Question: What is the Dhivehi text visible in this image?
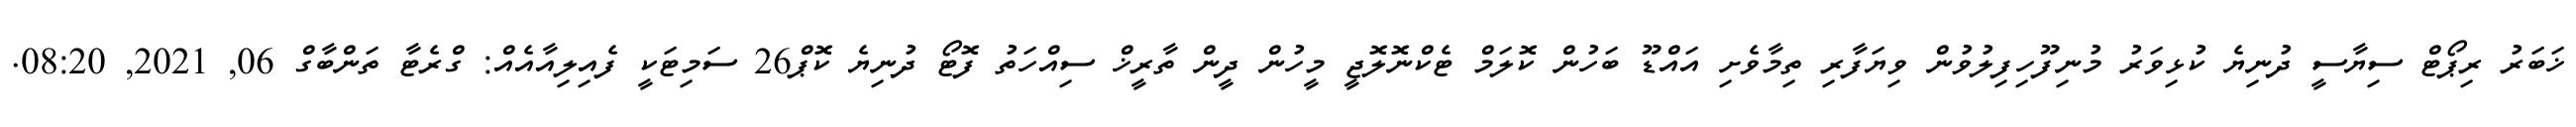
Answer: ޚަބަރު ރިޕޯޓް ސިޔާސީ ދުނިޔެ ކުޅިވަރު މުނިފޫހިފިލުވުން ވިޔަފާރި ތިމާވެށި އައްޑޫ ބަހުން ކޮލަމް ޓެކްނޮލޮޖީ މީހުން ދީން ތާރީޚް ސިއްހަތު ފޮޓޯ ދުނިޔެ ކޮޕް26 ސަމިޓަކީ ފެއިލިއާއެއް: ގްރެޓާ ތަންބާގް 06, 2021, 08:20.